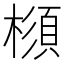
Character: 𣛪